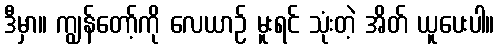
ဒီမှာ။ ကျွန်တော့်ကို လေယာဉ် မူးရင် သုံးတဲ့ အိတ် ယူပေးပါ။